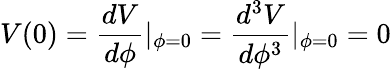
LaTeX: V(0)=\frac{dV}{d\phi}|_{\phi=0}=\frac{d^{3}V}{d\phi^{3}}|_{\phi=0}=0